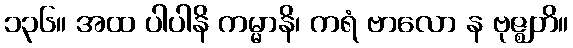
၁၃၆။ အထ ပါပါနိ ကမ္မာနိ၊ ကရံ ဗာလော န ဗုဇ္ဈတိ။